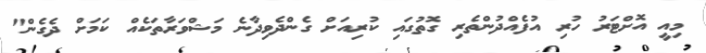
މިއީ އޮށްޓަރު ހުރި އުފެއްދުންތެރި ގޮތުގައި ކުރިއަށް ގެންދެވިދާނެ މަޝްވަރާތަކެއް ކަމަށް ދެގެން"